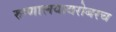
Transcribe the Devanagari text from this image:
रुग्णालयाबरोबरच